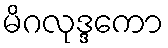
မိဂလုဒ္ဒကော